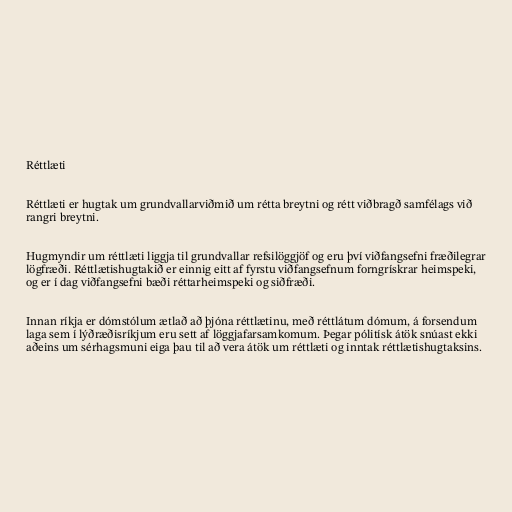
Réttlæti

Réttlæti er hugtak um grundvallarviðmið um rétta breytni og rétt viðbragð samfélags við
rangri breytni.

Hugmyndir um réttlæti liggja til grundvallar refsilöggjöf og eru því viðfangsefni fræðilegrar
lögfræði. Réttlætishugtakið er einnig eitt af fyrstu viðfangsefnum forngrískrar heimspeki,
og er í dag viðfangsefni bæði réttarheimspeki og siðfræði.

Innan ríkja er dómstólum ætlað að þjóna réttlætinu, með réttlátum dómum, á forsendum
laga sem í lýðræðisríkjum eru sett af löggjafarsamkomum. Þegar pólitísk átök snúast ekki
aðeins um sérhagsmuni eiga þau til að vera átök um réttlæti og inntak réttlætishugtaksins.